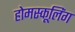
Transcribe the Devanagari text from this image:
होमस्कूलिंग